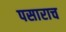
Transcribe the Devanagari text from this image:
पसाराच